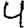
Digit: 4